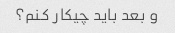
و بعد باید چیکار کنم؟